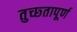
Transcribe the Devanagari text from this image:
तुच्छ्तापूर्ण